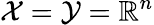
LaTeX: \mathcal{X}=\mathcal{Y}=\mathbb{R}^{n}